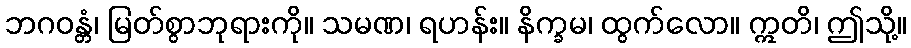
ဘဂဝန္တံ၊ မြတ်စွာဘုရားကို။ သမဏ၊ ရဟန်း။ နိက္ခမ၊ ထွက်လော။ ဣတိ၊ ဤသို့။